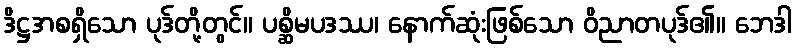
ဒိဋ္ဌအစရှိသော ပုဒ်တို့တွင်။ ပစ္ဆိမပဒဿ၊ နောက်ဆုံးဖြစ်သော ဝိညာတပုဒ်၏။ ဘေဒါ